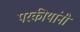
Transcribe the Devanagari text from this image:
परकीयांनी